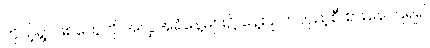
ကိုယ့်ရွာဖြစ်တွေကို အလှူအရံနေ့များ၌ နေ့စဉ်တလှည့်စီ စားနေကြရ၍